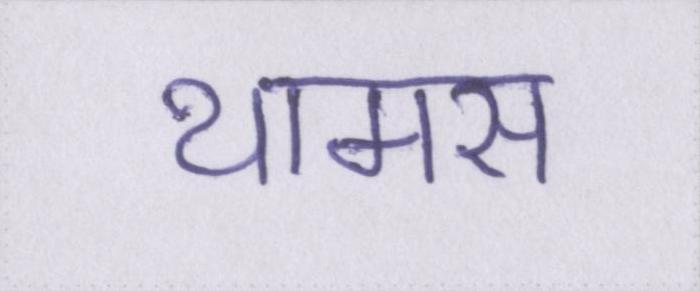
थामस